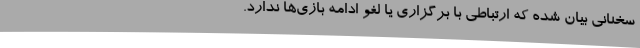
سخنانی بیان شده که ارتباطی با برگزاری یا لغو ادامه بازی‌ها ندارد.